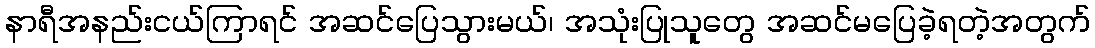
နာရီအနည်းငယ်ကြာရင် အဆင်ပြေသွားမယ်၊ အသုံးပြုသူတွေ အဆင်မပြေခဲ့ရတဲ့အတွက်